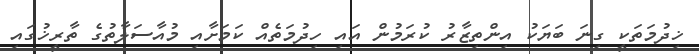
ޚިދުމަތަކީ ގިނަ ބަޔަކު އިންތިޒާރު ކުރަމުން އައި ހިދުމަތެއް ކަމަށާއި މުއާސަލާތުގެ ތާރީޚުގައި